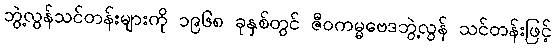
ဘွဲ့လွန်သင်တန်းများကို ၁၉၆၈ ခုနှစ်တွင် ဇီဝကမ္မဗေဒဘွဲ့လွန် သင်တန်းဖြင့်